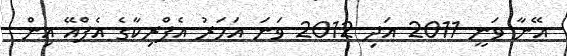
އޭނާ ވަނީ 2011 އަދި 2012 ވަނަ އަހަރު އެފްރިކާގެ އެފްއޭ އިން